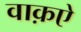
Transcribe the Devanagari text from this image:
वाक़ऐ